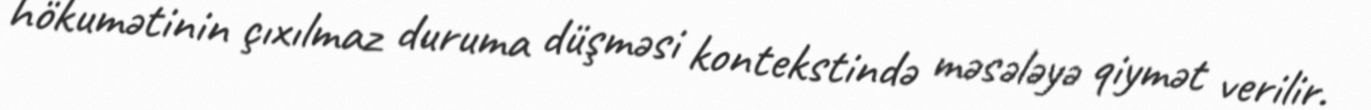
hökumətinin çıxılmaz duruma düşməsi kontekstində məsələyə qiymət verilir.